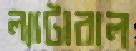
ল্যাটারাল